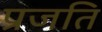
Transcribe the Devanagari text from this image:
प्रजति